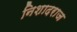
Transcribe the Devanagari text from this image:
निशादराज